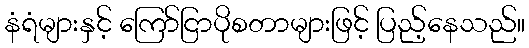
နံရံများနှင့် ကြော်ငြာပိုစတာများဖြင့် ပြည့်နေသည်။